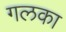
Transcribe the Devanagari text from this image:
गलका